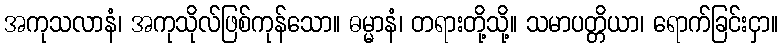
အကုသလာနံ၊ အကုသိုလ်ဖြစ်ကုန်သော။ ဓမ္မာနံ၊ တရားတို့သို့။ သမာပတ္တိယာ၊ ရောက်ခြင်းငှာ။